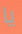
يا